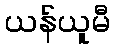
ယန်ယူမီ